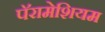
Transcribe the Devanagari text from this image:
पॅरामेशियम